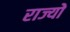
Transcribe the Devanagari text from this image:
राज्योें